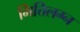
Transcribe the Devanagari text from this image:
भित्तिलग्न